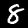
Digit: 8